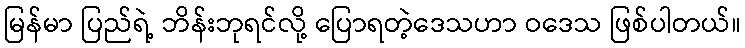
မြန်မာ ပြည်ရဲ့ ဘိန်းဘုရင်လို့ ပြောရတဲ့ဒေသဟာ ဝဒေသ ဖြစ်ပါတယ်။